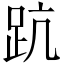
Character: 䟘